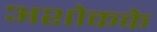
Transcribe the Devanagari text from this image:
अशोकके